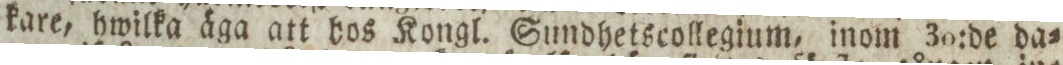
kare, hwilka äga att hos Kongl. Sundhetscollegium, inom 30:de da=